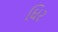
ઘિર